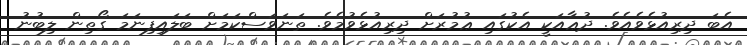
އެބަ ދިރިއުޅެވެއެވެ. ދުޢާއަކީ އެކުގައި ޢުމުރަށް ދިރިއުޅެވުމެވެ. ތަނަވަސްކަމަށް ބަލައިފިނަމަ ގޯތިން ލިބުނު